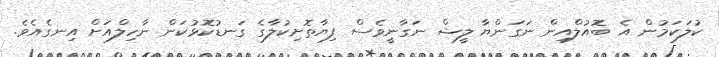
ކުލަކަމުން އެ ބޮއުލްއިން ނަގަންޔާ ލީޝް ނަގާނީވެސް ފިޔާތޮށިކުލާގެ ގަނޑުކޮޅުކަން ނާހިލްއަށް އިނގެއެވެ.